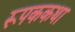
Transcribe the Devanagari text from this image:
रूपककथा